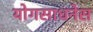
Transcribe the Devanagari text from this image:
योगसाधनेस